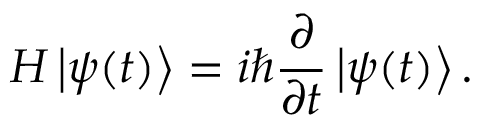
H \left| \psi ( t ) \right\rangle = i \hbar { \frac { \partial } { \partial t } } \left| \psi ( t ) \right\rangle .